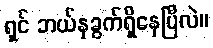
ရှင် ဘယ်နှခွက်ရှိနေပြီလဲ။